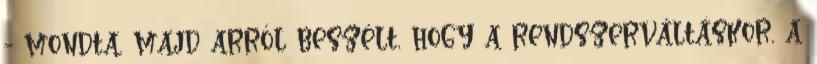
- mondta, majd arról beszélt, hogy a rendszerváltáskor, a